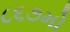
૮૬૭મો